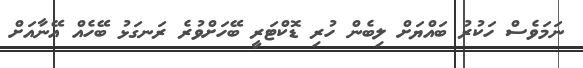
ނަމަވެސް ހަކުރު ބައްޔަށް ލިބެން ހުރި ޑޮކްޓަރީ ބޭހަށްވުރެ ރަނގަޅު ބޭހެއް އޭނާއަށް